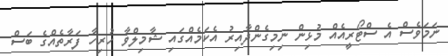
ނަމަވެސް އެ ސްޓޯރީއެއް މުޅިން ނިމިގެންދާއިރު އެކަމެއްގައި ޝާމިލްވާ ހުރިހާ ފަރާތެއްގެ ބަސް